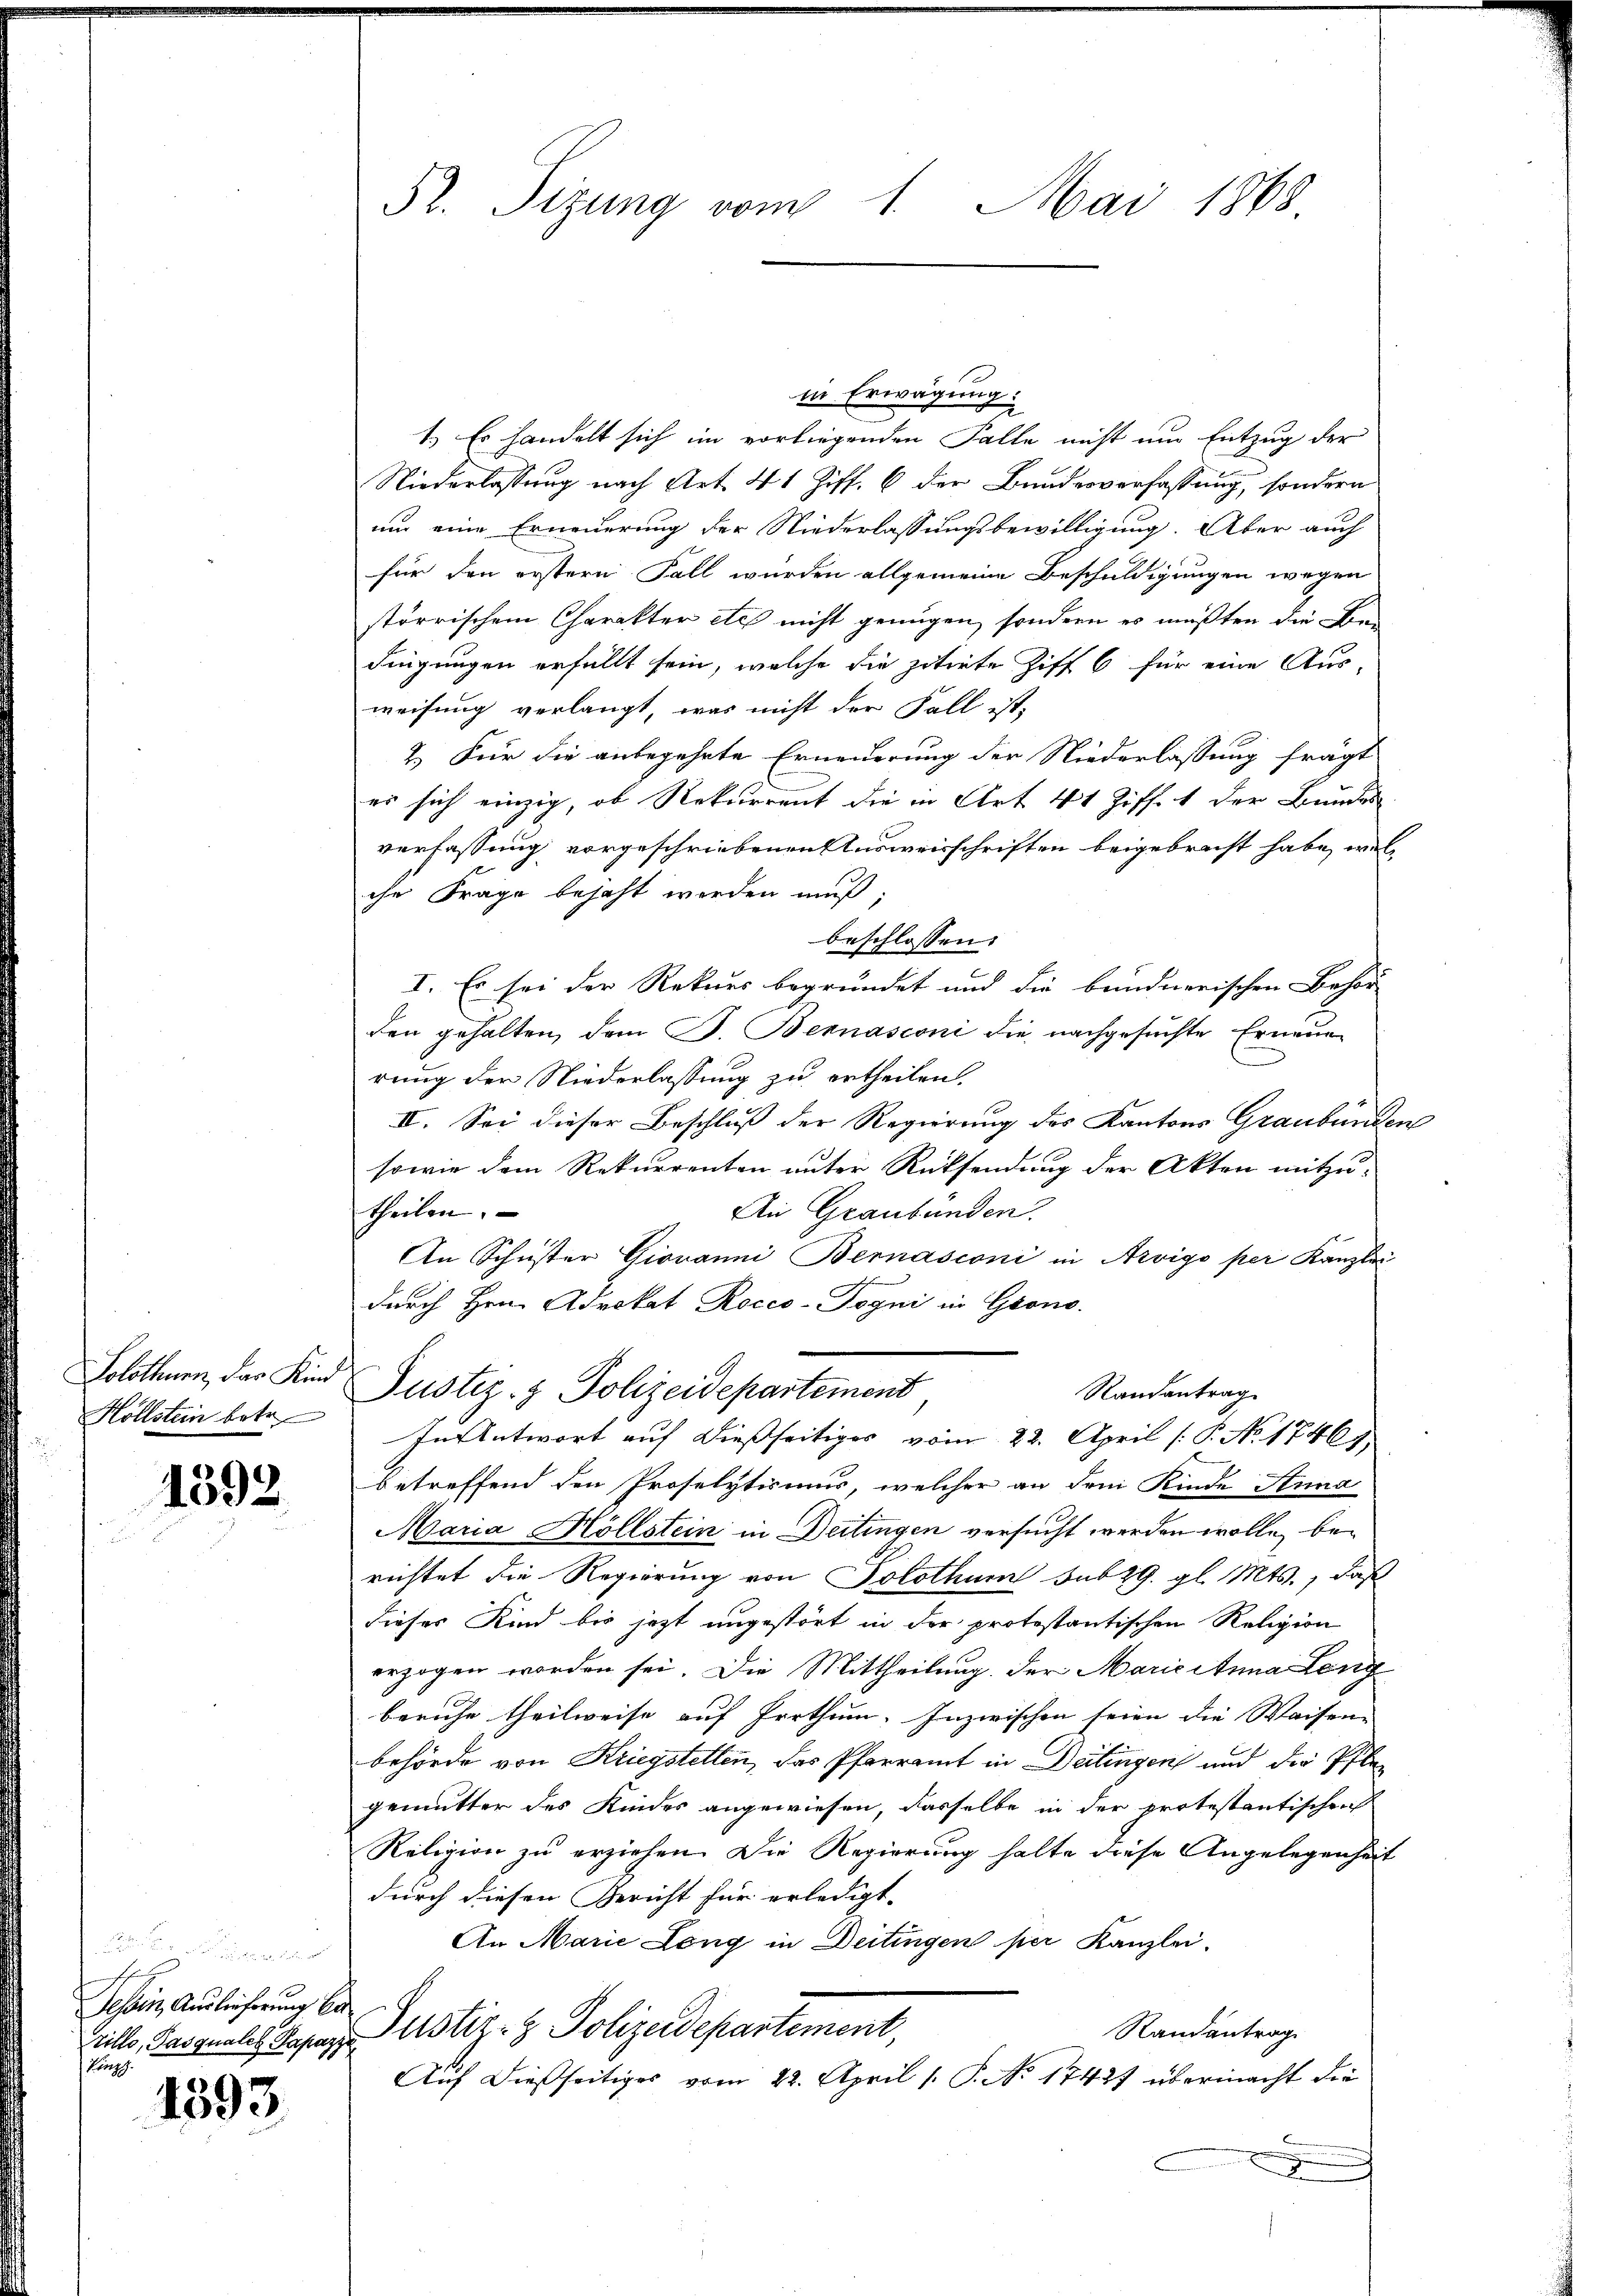
Solothurn, das Kind
Hollstein betr.

1392.

den
th
Aessin, Auslieferung be
rillo, Pasquales Papazza
Köngg.

1393

52. Sizung vom 1. Mai 1868

in Erwägung
1.) Es handelt sich im vorliegenden Falle nicht um Entzug der
Niederlassung nach Art. 41 Ziff. 6 der Bundesverfassung, sondern
um eine Erneuerung der Niederlassungsbewilligung. Aber auch
für den erstern Fall wurden allgemeine Beschuldigungen wegen
störrischem Charakter etc. nicht genügen, sondern es mußten die Be-
dingungen erfüllt sein, welche die zitirte Ziff 6 für eine Aus-
weisung verlangt, was nicht der Fall ist,
2.) Für die anbegehrte Erneuerung der Niederlassung frägt
es sich einzig, ob Rekurrent die in Art 41 Ziff. 1 der Bundes
verfassung vorgeschriebenen Ausweisschriften beigebracht habe, welche Frage bejaht werden muß;
beschlossen:
I. Es sei der Rekurs begründet und die bundnerischen Behör
den gehalten, dem B. Bernasconi die nachgesuchte Erneuen
rung der Niederlassung zu ertheilen.
II. Sei dieser Beschluß der Regierung des Kantons Graubünden
sowie dem Rekurrenten unter Rücksendung der Akten mitzutheilen.
An Graubünden.
An Schuster Giovanni Bernasconi in Arvigo per Kanzlei
durch Hrn. Advokat Rocco-Togni in Grono
Justiz- & Polizeidepartement
Randantrag
In Antwort auf dießseitiges vom 22. April [P. No. 1746)
betreffend den Proselytismus, welcher an den Kinde Anna
Maria Hollstein in Deitingen versucht werden wolle, berichtet die Regierung von Solothur sub 29. gl. Mts., daß
dieses Kind bis jezt angestört in der protestantischen Religion
erzogen worden sei. Die Mittheilung der Maricitana Leng
beruhe theilweise auf Irrthum. Inzwischen seien die Waisen-
behörde von Kriegstellen, das Pfarramt in Deitingen und die Pflegemutter des Kindes angewiesen, dasselbe in der protestantischen
Religion zu erziehen. Die Regierung halte diese Angelegenheit
durch diesen Bericht für erledigt.
An Marie Leng in Deitingen per Kanzlei.
Justiz- & Polizeidepartement,
Randantrag
Auf dießseitiges vom 22. April 1. P. No 17427 übermacht die
x